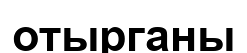
отырганы